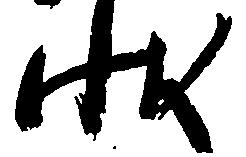
状